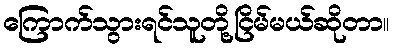
ကြောက်သွားရင်သူတို့ငြိမ်မယ်ဆိုတာ။